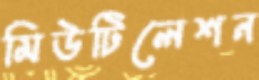
মিউটিলেশন